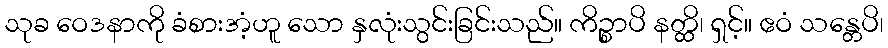
သုခ ဝေဒနာကို ခံစားအံ့ဟူ သော နှလုံးသွင်းခြင်းသည်။ ကိဉ္စာပိ နတ္ထိ၊ ရှင့်။ ဧဝံ သန္တေပိ၊